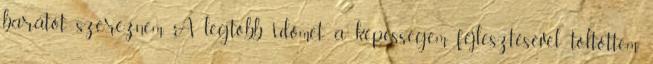
barátot szereznem. A legtöbb időmet a képességem fejlesztésével töltöttem,